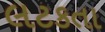
લટકતા